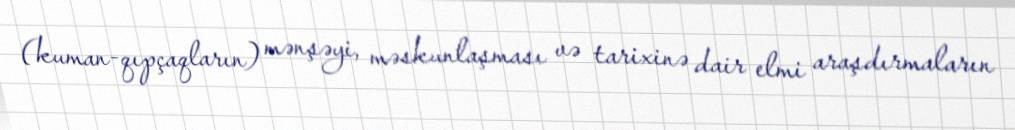
(kuman-qıpçaqların) mənşəyi, məskunlaşması və tarixinə dair elmi araşdırmaların